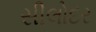
સીલોદર